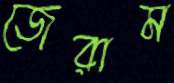
জেরাম